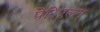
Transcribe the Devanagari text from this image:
पेरिएलन